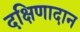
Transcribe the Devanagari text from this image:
दक्षिणादान